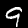
Label: 9